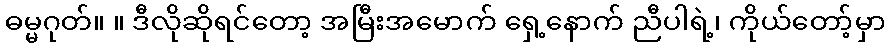
ဓမ္မဂုတ်။ ။ ဒီလိုဆိုရင်တော့ အမြီးအမောက် ရှေ့နောက် ညီပါရဲ့၊ ကိုယ်တော့်မှာ